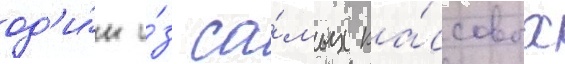
од'и́н и́з са́мых ка́ссовых